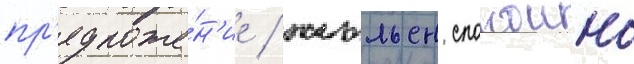
пр'едложе́н'ие / жюльен спокоино